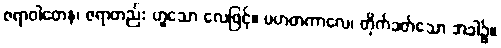
ဇရာဝါတေန၊ ဇရာတည်း ဟူသော လေဖြင့်။ ပဟတကာလေ၊ တိုက်ခတ်သော အခါ၌။